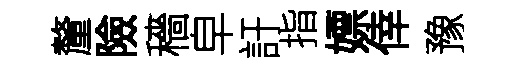
釐險穡皁訏指嫖倖豫